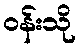
ဝန်းသို